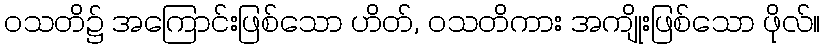
ဝသတိ၌ အကြောင်းဖြစ်သော ဟိတ်, ဝသတိကား အကျိုးဖြစ်သော ဖိုလ်။